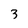
Character: 3